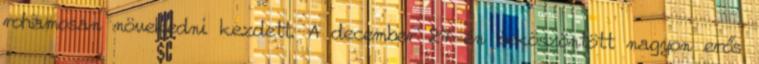
rohamosan növekedni kezdett. A december 27-én beköszöntött nagyon erős